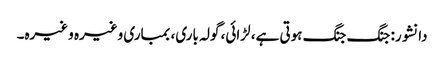
دانشور: جنگ جنگ ہوتی ہے، لڑائی، گولہ باری، بمباری وغیرہ وغیرہ۔